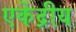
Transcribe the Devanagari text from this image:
एकेंद्रीय